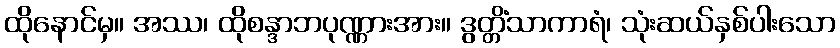
ထိုနောင်မှ။ အဿ၊ ထိုစန္ဒာဘပုဏ္ဏားအား။ ဒွတ္တိံသာကာရံ၊ သုံးဆယ်နှစ်ပါးသော